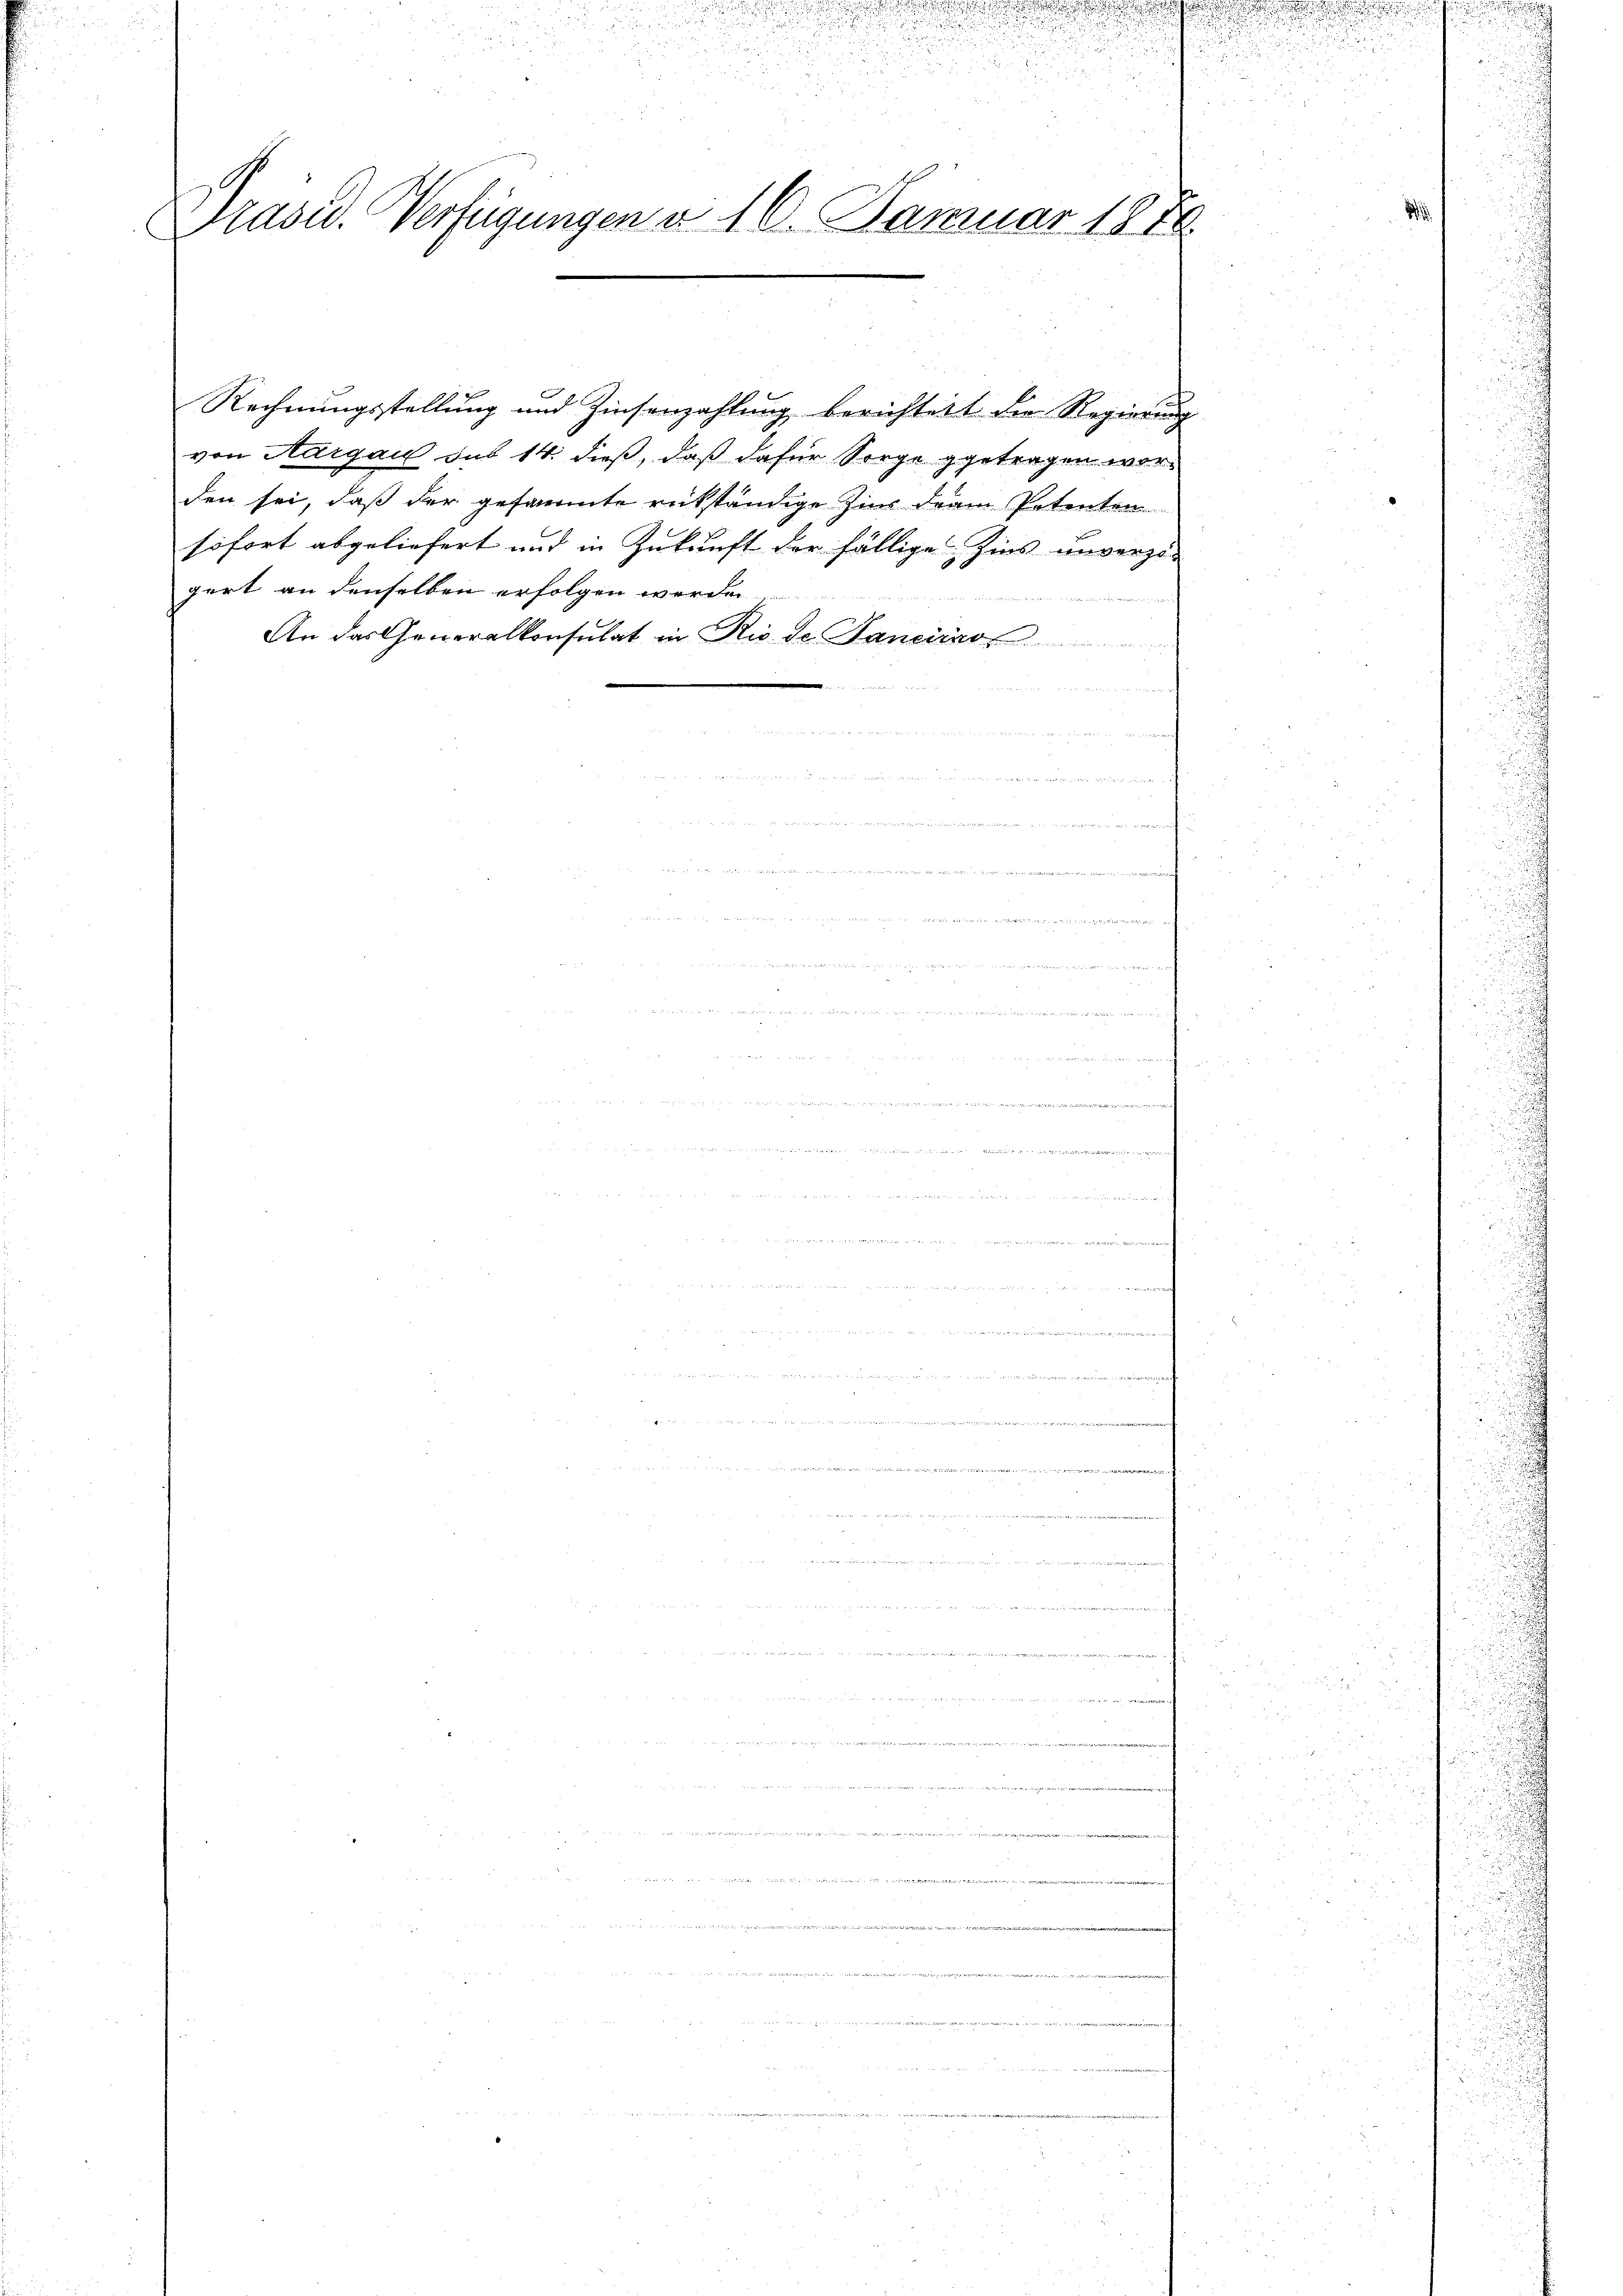
. . .

.
.
Präsid.. Verfügungen d. 10. Januar 1876.

Rechnungsstellung und Zinsenzahlung berichtett der Regierung
von Aargau sub 14. dieß, daß dafür Sorge getragen worden sei, daß der gesammte rükständige Zins drei Petenten
sofort abgeliefert und in Zukunft der fällige Zins unvorge-
gert an denselben erfolgen werden
An das Generalkonsulat in Rio de Tancircos

c

auem an den denen unung nennen einen wir in um

 ...........

.
e
enden ein einer den den den des

 2t daher an den Seite gern in den in den den der we

da

4

ue mit 184

.

d

.

u
e
s
.
d